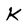
Character: K